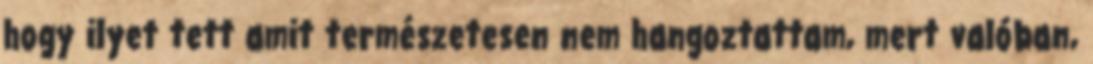
hogy ilyet tett amit természetesen nem hangoztattam, mert valóban,